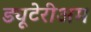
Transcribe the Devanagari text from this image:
ड्यूटेरीअम